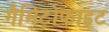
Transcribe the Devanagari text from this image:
गैमिटोफाइट